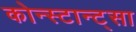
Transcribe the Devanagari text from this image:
कोन्स्टान्ट्सा